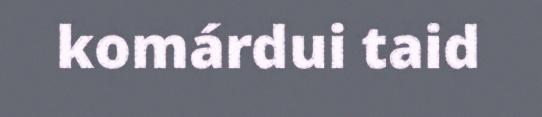
komárdui taid